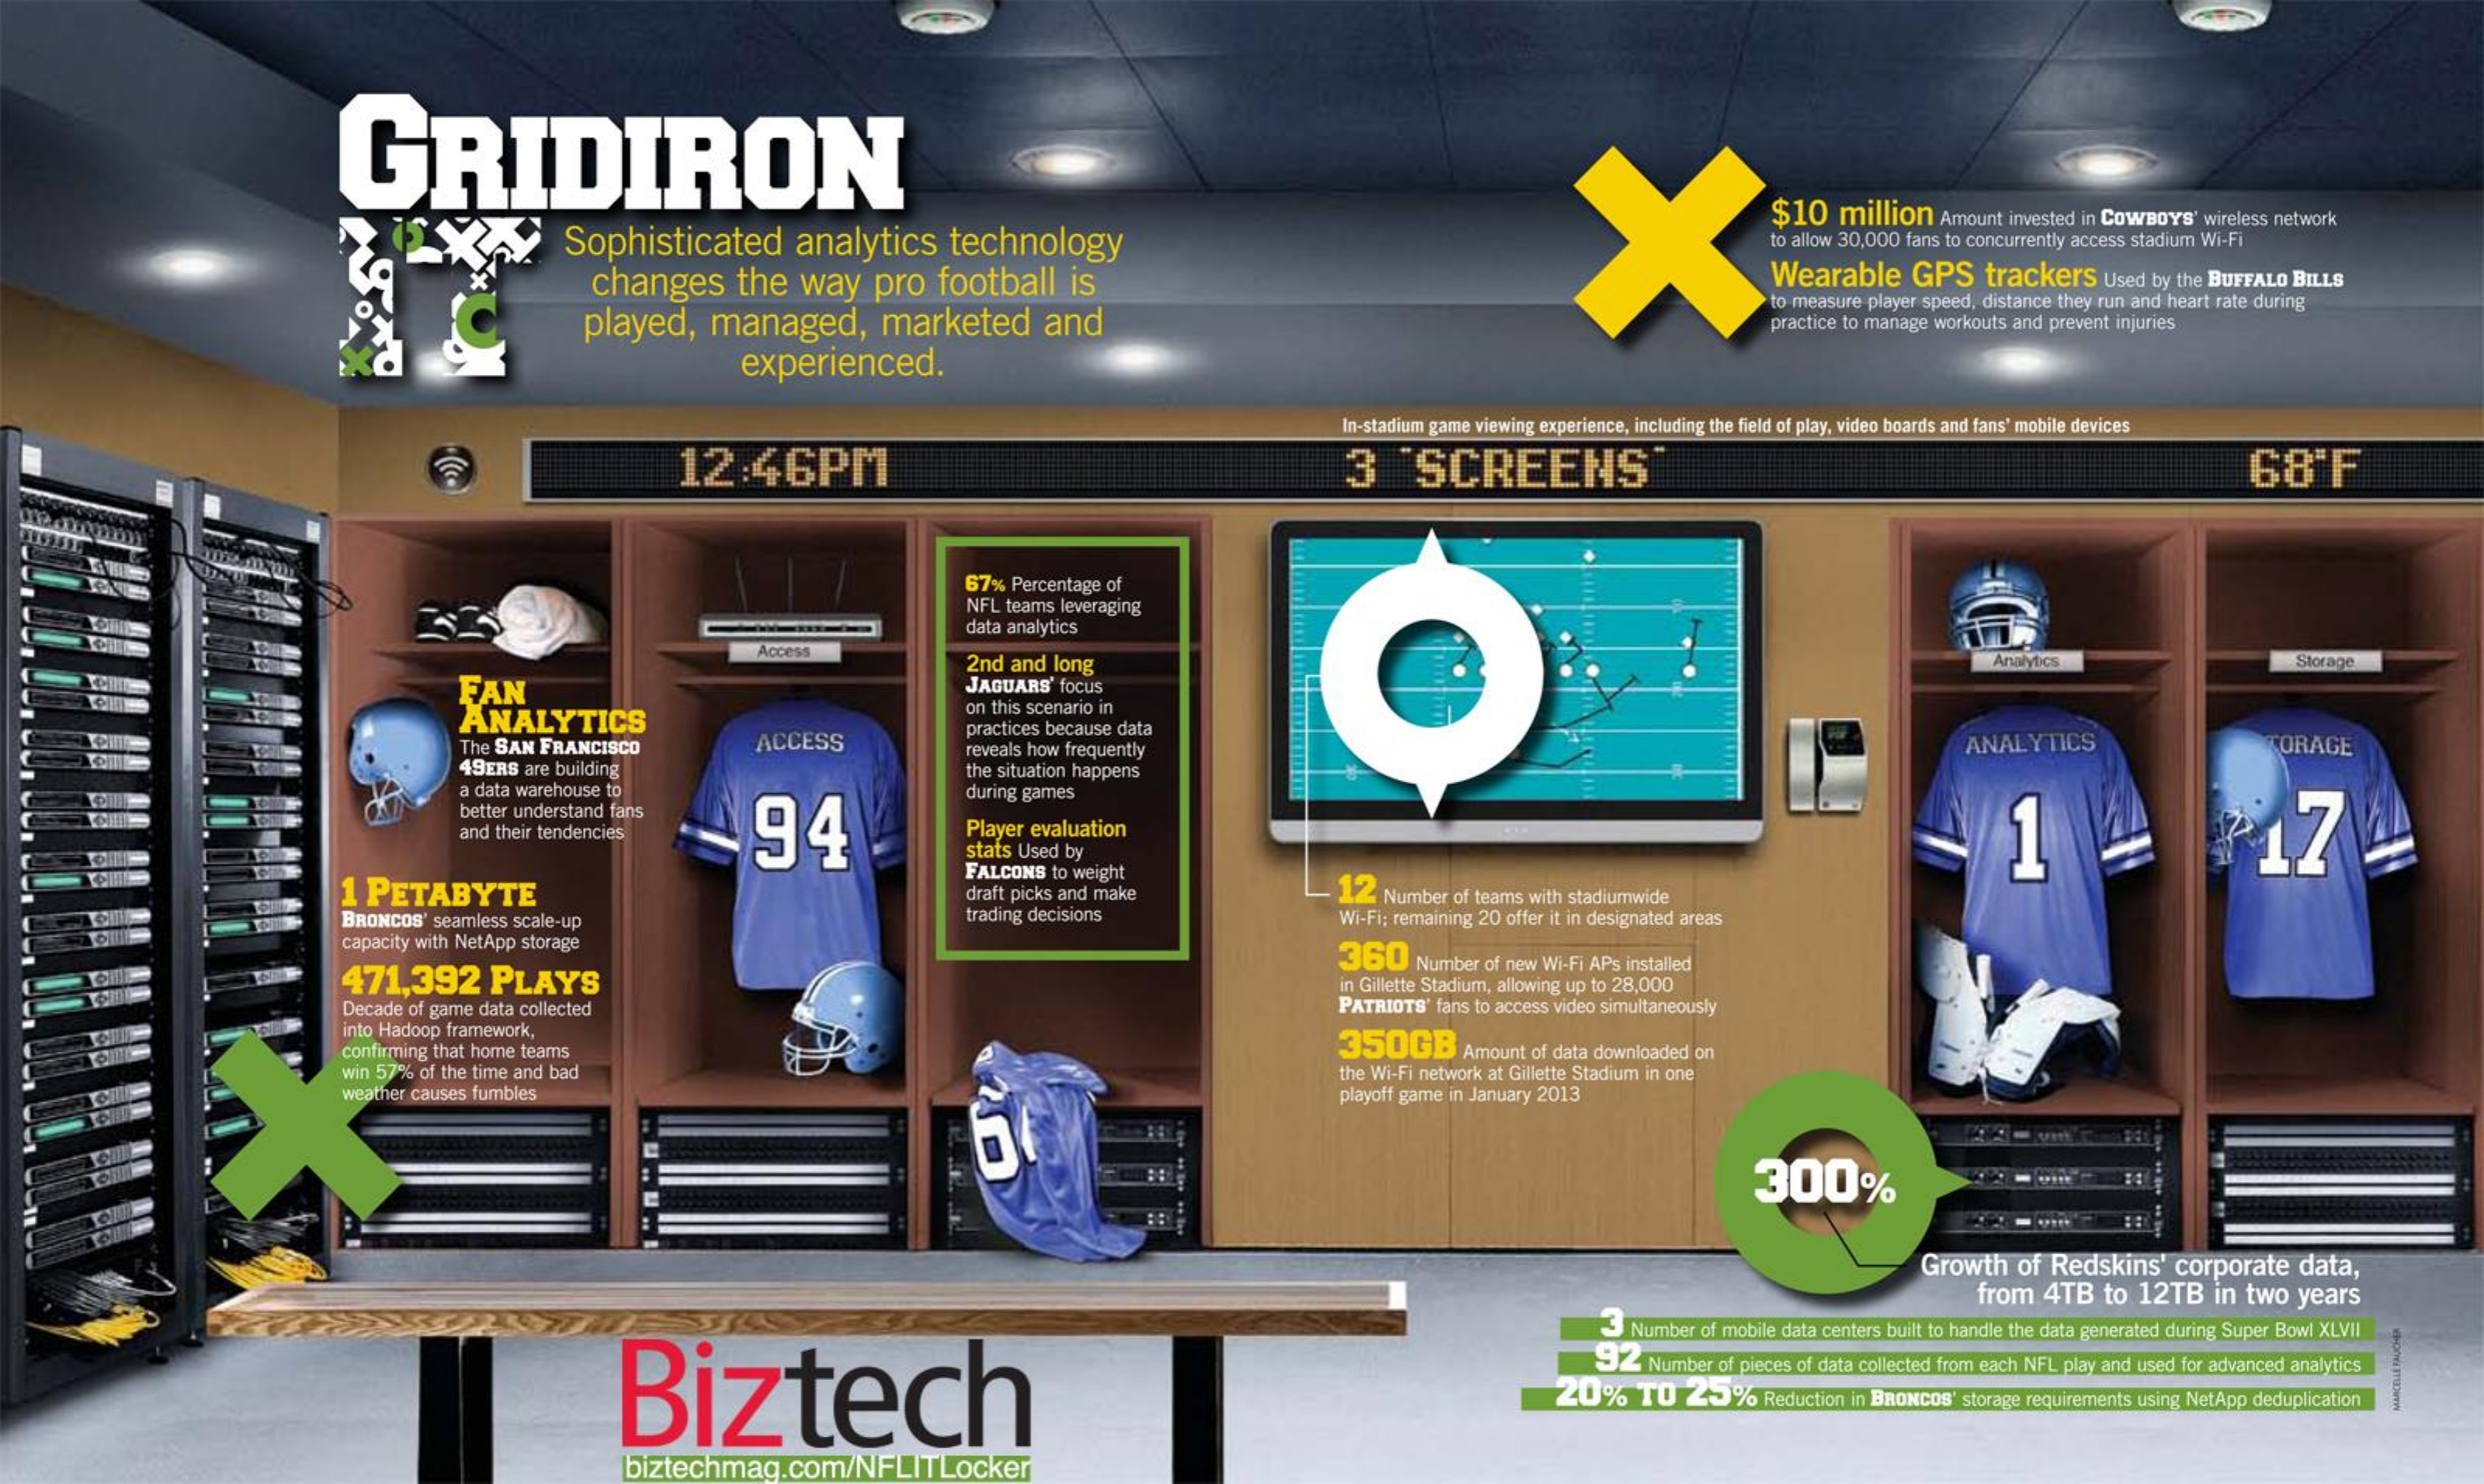
GRIDIRON
     X Sophisticated analytics technology
     $10    million    Amount  invested in COWBOYs' wireless network
     to allow 30,000 fans to concurrently access stadium Wi-Fi
     changes    the    way    pro    football    is    Wearable    GPS    trackers    Used by the BUFFALO  BILLS
     played,    managed,    marketed    and
     to measure player speed, distance they run and heart rate during
     practice to manage workouts and prevent injuries
     experienced.
     In-stadium game viewing experience, including the field of play, video boards and fans' mobile devices
     12:46PM    3    SCREENS    68'F
     67%  Percentage of
     NFL  teams leveraging
     data analytics
     Access
     Analytics    Storage
     FAN
     2nd  and  long
     JAGUARS'  focus
     ANALYTICS
     on this scenario in
     The SAN  FRANCISCO    ACCESS
     practices because data
     reveals how frequently    ANALYTICS    ORAGE
     49ERS  are building    the situation happens
     a data warehouse to
     better understand fans
     94
     during games
     Player evaluation    17 and their tendencies
     stats Used by
     1 PETABYTE
     FALCONS   to weight
     draft picks and make    12   Number  of teams with stadiumwide
     BRONCOS'  seamless scale-up    trading decisions    Wi-Fi; remaining 20 offer it in designated areas
     capacity with NetApp storage
     471,392    PLAYS
     360    Number of new Wi-Fi APs installed
     in Gillette Stadium, allowing up to 28,000
     Decade of game data collected    PATRIOTS'  fans to access video simultaneously
     into Hadoop framework,
     confirming that home teams    350GB    Amount  of data downloaded on
     win 57%  of the time and bad    the Wi-Fi network at Gillette Stadium in one
     weather causes fumbles    playoff game in January 2013
     -----    300%
     Growth    of  Redskins'    corporate    data,
     from   4TB    to  12TB    in  two   years
     Biztech
     Number of mobile data centers built to handle the data generated during Super Bowl XLVII
     92    Number of pieces of data collected from each NFL play and used for advanced analytics
     20%    TO   25%    Reduction in BRONCOS' storage requirements using NetApp deduplication
     biztechmag.com/NFLITLocker